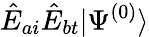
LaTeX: \hat{E}_{ai}\hat{E}_{bt}|\Psi^{(0)}\rangle